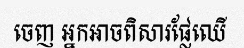
ចេញ អ្នកអាចពិសារផ្លែឈើ